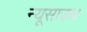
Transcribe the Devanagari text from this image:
न्यूसाउथ